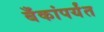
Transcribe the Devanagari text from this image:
बँकांपर्यंत